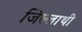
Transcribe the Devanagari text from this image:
जिल्लाथी